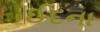
ઈદના